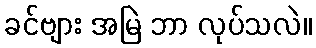
ခင်ဗျား အမြဲ ဘာ လုပ်သလဲ။